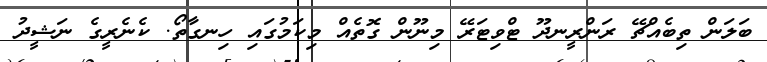
ބަލަން ތިބެއްޗޭ ރަންރީނދޫ ޓްވިޓަރޭ މިނޫން ގޮތެއް މިކަމުގައި ހިނގާތޯ. ކެނެރީގެ ނަޝީދު